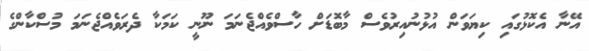
އޭނާ އެކޮޅުގައި ކިޔަވަން އުޅުނުއިރުވެސް މާބޮޑަށް ހާސްވެއްޖެނަމަ ނޫނީ ކަމަކާ ދެރަވެއްޖެނަމަ މުސްކާންގެ